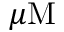
\mu \mathrm { M }